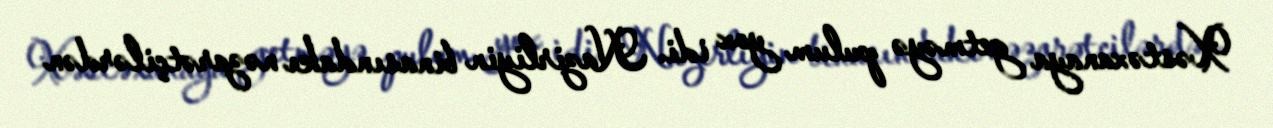
Xəstəxanaya getməyə pulum yox idi. Nazirliyin binasındakı nəzarətçilərdən